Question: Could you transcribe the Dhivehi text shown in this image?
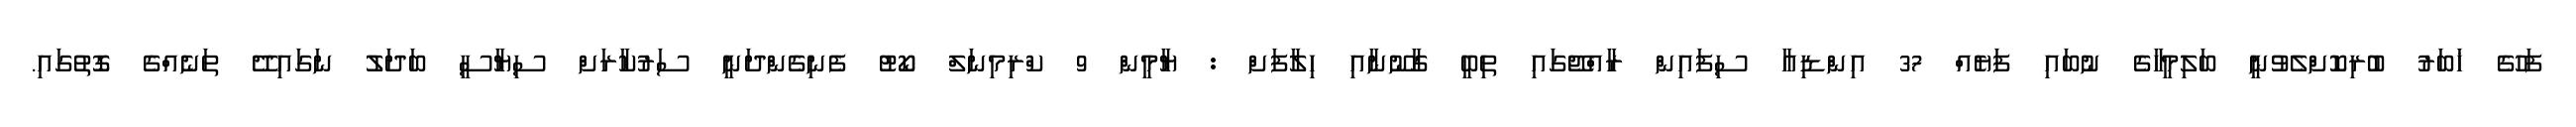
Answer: ފަހުގެ ޚަބަރު ބުރިކޮށްލެވުނީ ބަލިމީހާގެ ނުބައި ފަޔެއް 37 އިންޑިއާ ސިފައިން ރާއްޖޭގައި ތިބީ ގާނޫނާއި ހިލާފަށް : ޔާމީން 9 ކްރިމިނަލް ކޯޓު ފެނިގެންދަނީ ސަރުކާރަށް ސިޔާސީ ބަދަލު ނަގައިދޭ ތަނެއްގެ ގޮތުގައި.